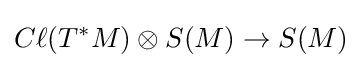
C\ell (T^{*}M)\otimes S(M)\to S(M)